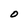
Character: O